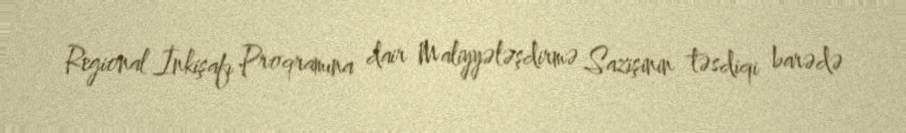
Regional İnkişafı Proqramına dair Maliyyələşdirmə Sazişinin təsdiqi barədə